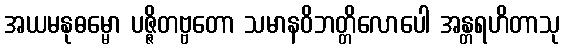
အယမနုဓမ္မော ပဇ္ဇိတဗ္ဗတော သမာနဝိဘတ္တိလောပေါ အန္တရဟိတာသု